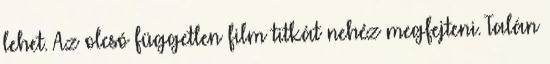
lehet. Az olcsó független film titkát nehéz megfejteni. Talán